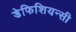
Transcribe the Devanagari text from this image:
डेफिशियन्सी